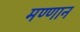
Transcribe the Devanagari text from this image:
मण्णान